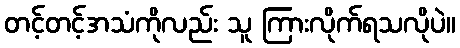
တင့်တင့်အသံကိုလည်း သူ ကြားလိုက်ရသလိုပဲ။